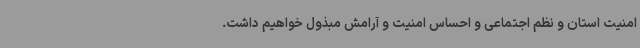
امنیت استان و نظم اجتماعی و احساس امنیت و آرامش مبذول خواهیم داشت.